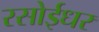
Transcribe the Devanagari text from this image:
रसोईधर